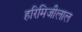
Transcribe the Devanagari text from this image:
हरिमिजीलाल